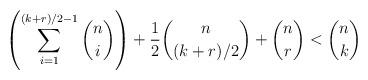
LaTeX: \begin{align*}\left(\sum_{i=1}^{(k+r)/2-1} \binom{n}{i}\right) + \frac{1}{2} \binom{n}{(k+r)/2} + \binom{n}{r} < \binom{n}{k}\end{align*}